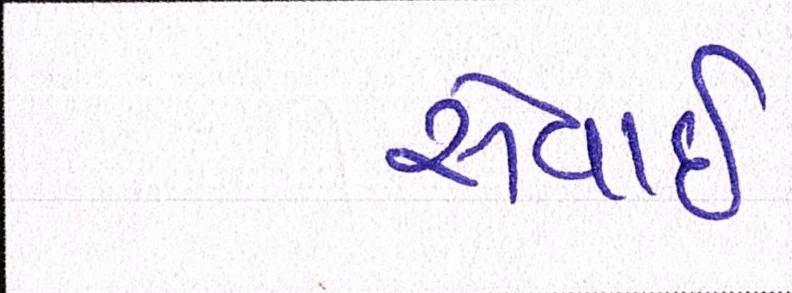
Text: સેવાઇ